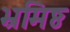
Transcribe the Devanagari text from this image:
भ्रमिष्ठ